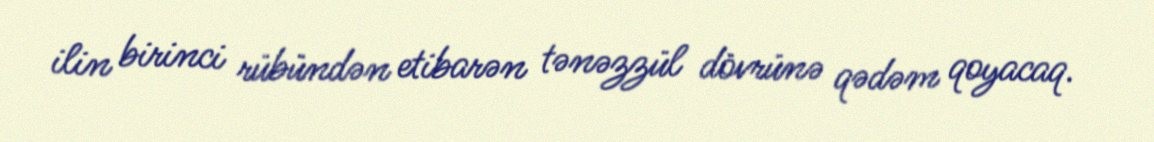
ilin birinci rübündən etibarən tənəzzül dövrünə qədəm qoyacaq.